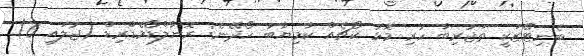
ބެނިޓޭޒަކީ ތަޖުރިބާ ހުރި މޮޅު ކޯޗެއް ކާމިޔާބު ހޯދޭނެ: ރޮނާލްޑޯމެޑްރިޑް (ޖުލައި 6)